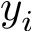
y _ { i }